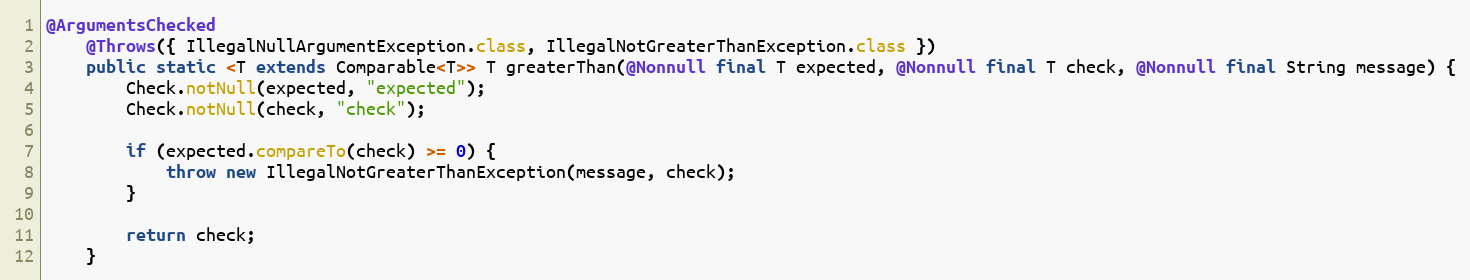
Language: Java
@ArgumentsChecked
	@Throws({ IllegalNullArgumentException.class, IllegalNotGreaterThanException.class })
	public static <T extends Comparable<T>> T greaterThan(@Nonnull final T expected, @Nonnull final T check, @Nonnull final String message) {
		Check.notNull(expected, "expected");
		Check.notNull(check, "check");

		if (expected.compareTo(check) >= 0) {
			throw new IllegalNotGreaterThanException(message, check);
		}

		return check;
	}